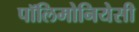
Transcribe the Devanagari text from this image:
पॉलिमोनियेसी